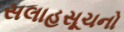
સલાહસૂચનો